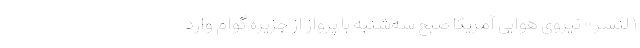
۱ لنسر» نیروی هوایی آمریکا صبح سه‌شنبه با پرواز از جزیره گوام وارد